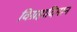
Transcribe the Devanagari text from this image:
विग्रहादिमान